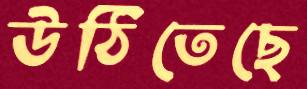
উঠিতেছে